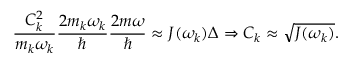
\frac { C _ { k } ^ { 2 } } { m _ { k } \omega _ { k } } \frac { 2 m _ { k } \omega _ { k } } { \hbar } \frac { 2 m \omega } { \hbar } \approx J ( \omega _ { k } ) \Delta \Rightarrow C _ { k } \approx \sqrt { J ( \omega _ { k } ) } .